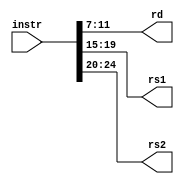
module reg_decoder(
	input [31:0] instr,
	output [4:0] rd,
	output [4:0] rs1,
	output [4:0] rs2);

	assign rs1 = instr[19:15];
	assign rs2 = instr[24:20];
	assign rd = instr[11:7];

endmodule